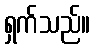
ရှက်သည်။